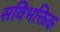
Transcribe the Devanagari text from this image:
सविभक्तिक